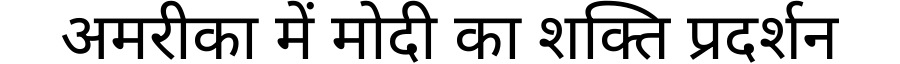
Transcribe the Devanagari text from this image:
अमरीका में मोदी का शक्ति प्रदर्शन